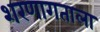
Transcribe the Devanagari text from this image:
शरणागताला